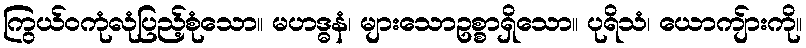
ကြွယ်ဝကုံလုံပြည့်စုံသော။ မဟဒ္ဓနံ၊ များသောဥစ္စာရှိသော။ ပုရိသံ၊ ယောကျ်ားကို။